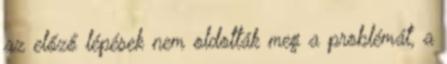
az előző lépések nem oldották meg a problémát, a